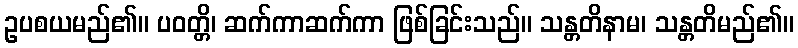
ဥပစယမည်၏။ ပဝတ္တိ၊ ဆက်ကာဆက်ကာ ဖြစ်ခြင်းသည်။ သန္တတိနာမ၊ သန္တတိမည်၏။